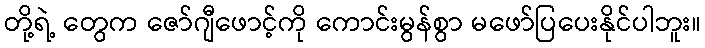
တို့ရဲ့ တွေက ဇော်ဂျီဖောင့်ကို ကောင်းမွန်စွာ မဖော်ပြပေးနိုင်ပါဘူး။